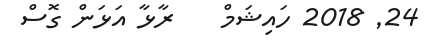
24